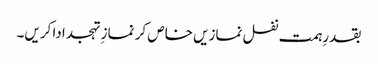
بقدرِہمت نفل نمازیں خاص کر نماز ِتہجد ادا کریں۔